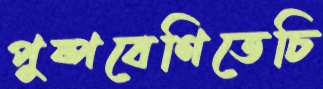
পুষ্পবেণিতেচি